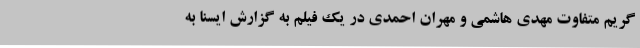
گریم متفاوت مهدی هاشمی و مهران احمدی در یک فیلم به گزارش ایسنا به